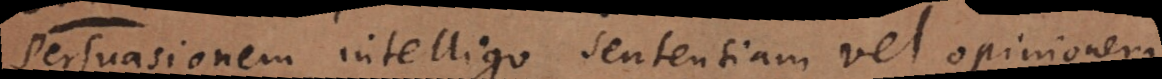
Persuasionem intelligo sententiam vel opinionem